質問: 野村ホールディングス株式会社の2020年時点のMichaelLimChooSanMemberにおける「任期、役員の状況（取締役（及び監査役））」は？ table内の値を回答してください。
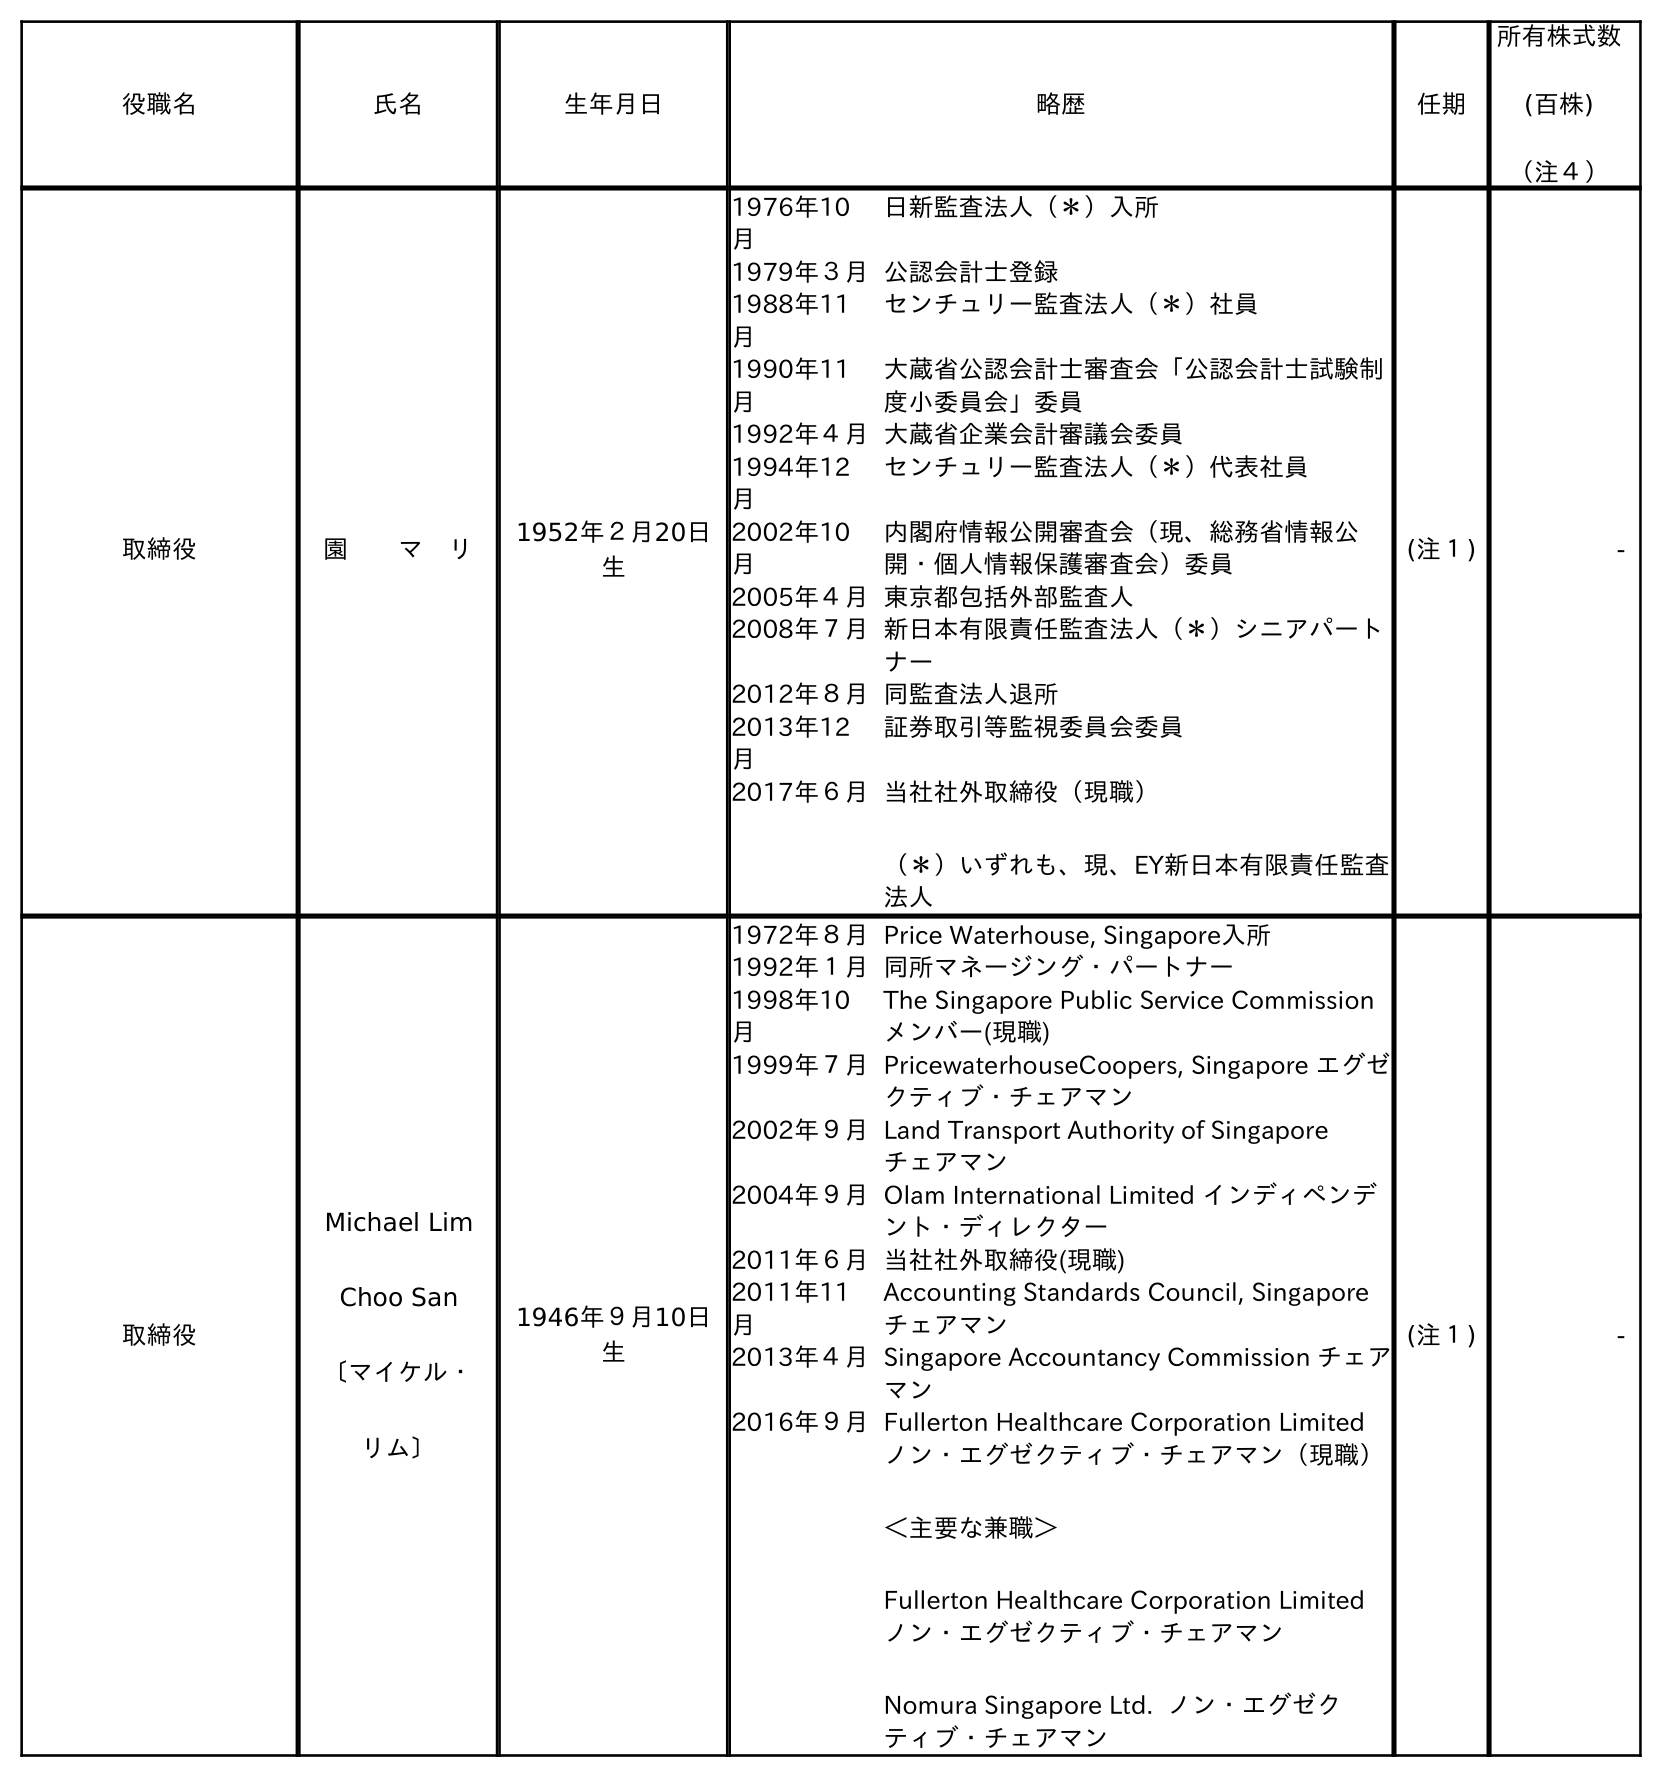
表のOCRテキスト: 役職名 氏名 生年月日 略歴 任期 所有株式数 (百株) （注４） 取締役 園  マ リ 1952年２月20日 生 1976年10 月 日新監査法人（＊）入所 1979年３月公認会計士登録 1988年11 月 センチュリー監査法人（＊）社員 1990年11 月 大蔵省公認会計士審査会「公認会計士試験制 度小委員会」委員 1992年４月大蔵省企業会計審議会委員 1994年12 月 センチュリー監査法人（＊）代表社員 2002年10 月 内閣府情報公開審査会（現、総務省情報公 開・個人情報保護審査会）委員 2005年４月東京都包括外部監査人 2008年７月新日本有限責任監査法人（＊）シニアパート ナー 2012年８月同監査法人退所 2013年12 月 証券取引等監視委員会委員 2017年６月当社社外取締役（現職） （＊）いずれも、現、EY新日本有限責任監査 法人 (注１) - 取締役 Michael Lim Choo San 〔マイケル・ リム〕 1946年９月10日 生 1972年８月Price Waterhouse, Singapore入所 1992年１月同所マネージング・パートナー 1998年10 月 The Singapore Public Service Commission メンバー(現職) 1999年７月PricewaterhouseCoopers, Singapore エグゼ クティブ・チェアマン 2002年９月Land Transport Authority of Singapore  チェアマン 2004年９月Olam International Limited インディペンデ ント・ディレクター 2011年６月当社社外取締役(現職) 2011年11 月 Accounting Standards Council, Singapore チェアマン 2013年４月Singapore Accountancy Commission チェア マン 2016年９月Fullerton Healthcare Corporation Limited ノン・エグゼクティブ・チェアマン（現職） ＜主要な兼職＞ Fullerton Healthcare Corporation Limited ノン・エグゼクティブ・チェアマン Nomura Singapore Ltd. ノン・エグゼク ティブ・チェアマン (注１) -
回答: (注１)